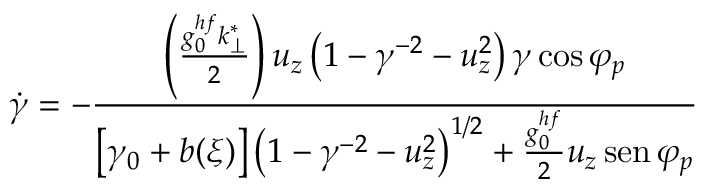
\dot { \gamma } = - \frac { \left( \frac { g _ { 0 } ^ { h f } k _ { \perp } ^ { * } } { 2 } \right) u _ { z } \left( 1 - \gamma ^ { - 2 } - u _ { z } ^ { 2 } \right) \gamma \cos \varphi _ { p } } { \left[ \gamma _ { 0 } + b ( \xi ) \right] \left( 1 - \gamma ^ { - 2 } - u _ { z } ^ { 2 } \right) ^ { 1 / 2 } + \frac { g _ { 0 } ^ { h f } } { 2 } u _ { z } \operatorname { s e n } \varphi _ { p } }